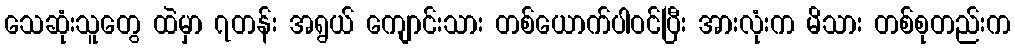
သေဆုံးသူတွေ ထဲမှာ ၇တန်း အရွယ် ကျောင်းသား တစ်ယောက်ပါဝင်ပြီး အားလုံးက မိသား တစ်စုတည်းက